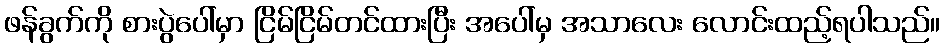
ဖန်ခွက်ကို စားပွဲပေါ်မှာ ငြိမ်ငြိမ်တင်ထားပြီး အပေါ်မှ အသာလေး လောင်းထည့်ရပါသည်။